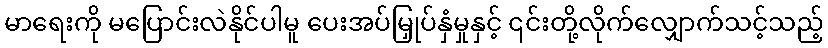
မာရေးကို မပြောင်းလဲနိုင်ပါမူ ပေးအပ်မြှုပ်နှံမှုနှင့် ၎င်းတို့လိုက်လျှောက်သင့်သည့်